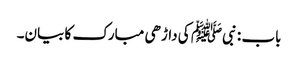
باب : نبیﷺ کی داڑھی مبارک کا بیان۔